Rangoon Lunatic Asylum 1878-1892 - 1878-1892
Year: 1878
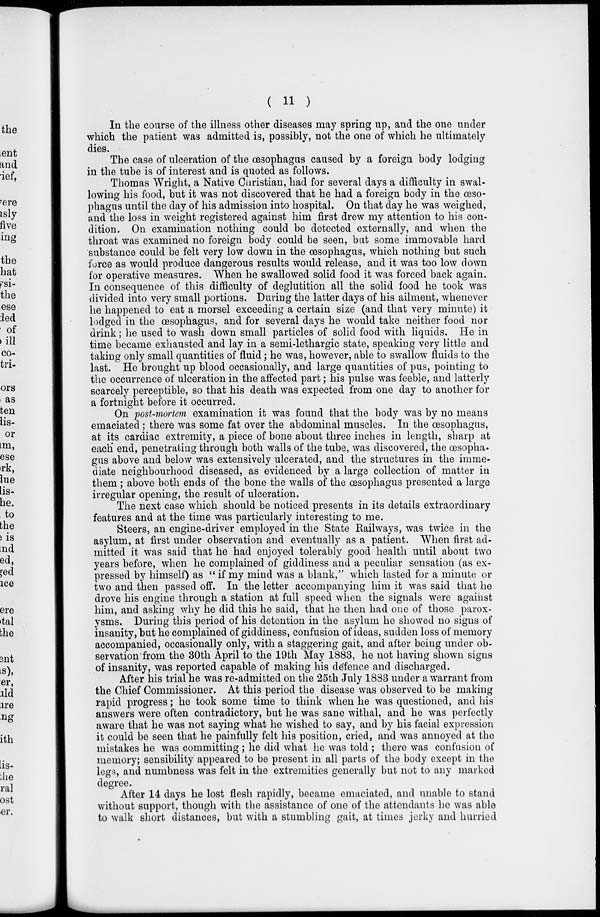
( 11 )
In the course of the illness other diseases may spring up, and the one under
which the patient was admitted is, possibly, not the one of which he ultimately
dies.
The case of ulceration of the œsophagus caused by a foreign body lodging
in the tube is of interest and is quoted as follows.
Thomas Wright, a Native Christian, had for several days a difficulty in swal-
lowing his food, but it was not discovered that he had a foreign body in the œso-
phagus until the day of his admission into hospital. On that day he was weighed,
and the loss in weight registered against him first drew my attention to his con-
dition. On examination nothing could be detected externally, and when the
throat was examined no foreign body could be seen, but some immovable hard
substance could be felt very low down in the œsophagus, which nothing but such
force as would produce dangerous results would release, and it was too low down
for operative measures. When he swallowed solid food it was forced back again.
In consequence of this difficulty of deglutition all the solid food he took was
divided into very small portions. During the latter days of his ailment, whenever
he happened to eat a morsel exceeding a certain size (and that very minute) it
lodged in the œsophagus, and for several days he would take neither food nor
drink; he used to wash down small particles of solid food with liquids. He in
time became exhausted and lay in a semi-lethargic state, speaking very little and
taking only small quantities of fluid; he was, however, able to swallow fluids to the
last. He brought up blood occasionally, and large quantities of pus, pointing to
the occurrence of ulceration in the affected part; his pulse was feeble, and latterly
scarcely perceptible, so that his death was expected from one day to another for
a fortnight before it occurred.
On post-mortem examination it was found that the body was by no means
emaciated; there was some fat over the abdominal muscles. In the œsophagus,
at its cardiac extremity, a piece of bone about three inches in length, sharp at
each end, penetrating through both walls of the tube, was discovered, the œsopha.
gus above and below was extensively ulcerated, and the structures in the imme-
diate neighbourhood diseased, as evidenced by a large collection of matter in
them ; above both ends of the bone the walls of the œsophagus presented a large
irregular opening, the result of ulceration.
The next case which should be noticed presents in its details extraordinary
features and at the time was particularly interesting to me.
Steers, an engine-driver employed in the State Railways, was twice in the
asylum, at first under observation and eventually as a patient. When first ad-
mitted it was said that he had enjoyed tolerably good health until about two
years before, when he complained of giddiness and a peculiar sensation (as ex-
pressed by himself) as "if my mind was a blank," which lasted for a minute or
two and then passed off. In the letter accompanying him it was said that he
drove his engine through a station at full speed when the signals were against
him, and asking why he did this he said, that he then had one of those parox-
ysms. During this period of his detention in the asylum he showed no signs of
insanity, but he complained of giddiness, confusion of ideas, sudden loss of memory
accompanied, occasionally only, with a staggering gait, and after being under ob-
servation from the 30th April to the 19th May 1883, he not having shown signs
of insanity, was reported capable of making his defence and discharged.
After his trial he was re-admitted on the 25th July 1883 under a warrant from
the Chief Commissioner. At this period the disease was observed to be making
rapid progress; he took some time to think when he was questioned, and his
answers were often contradictory, but he was sane withal, and he was perfectly
aware that he was not saying what he wished to say, and by his facial expression
it could be seen that he painfully felt his position, cried, and was annoyed at the
mistakes he was committing ; he did what he was told ; there was confusion of
memory; sensibility appeared to be present in all parts of the body except in the
legs, and numbness was felt in the extremities generally but not to any marked
degree.
After 14 days he lost flesh rapidly, became emaciated, and unable to stand
without support, though with the assistance of one of the attendants he was able
to walk short distances, but with a stumbling gait, at times jerky and hurried